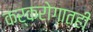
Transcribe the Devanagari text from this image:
कर्करोगातही